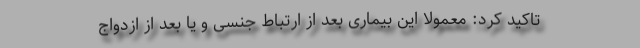
تاکید کرد: معمولاً این بیماری بعد از ارتباط جنسی و یا بعد از ازدواج